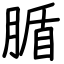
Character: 腯